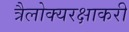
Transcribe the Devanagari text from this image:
त्रैलोक्यरक्षाकरी